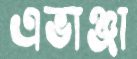
এভাঞ্জা